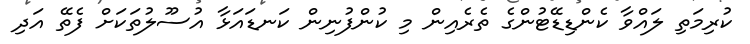
ކުރިމަތި ލައްވާ ކެންޑިޑޭޓުންގެ ތެރެއިން މި ކުންފުނިން ކަނޑައަޅާ އުސޫލުތަކަށް ފެތޭ އަދި